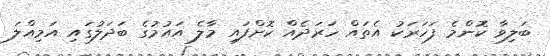
ބަލިވާ ކޮންމެ ފަހަރަކު އެތައް ހަރަދެއް ކޮށްފައި މާލެ އައުމުގެ ބަދަލުގައި އަމިއްލަ